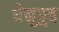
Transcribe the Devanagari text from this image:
धेनुपुत्र